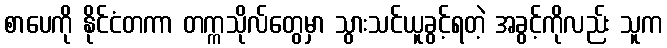
စာပေကို နိုင်ငံတကာ တက္ကသိုလ်တွေမှာ သွားသင်ယူခွင့်ရတဲ့ အခွင့်ကိုလည်း သူက